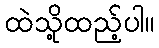
ထဲသို့ထည့်ပါ။